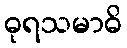
ဓုရသမာဓိ